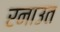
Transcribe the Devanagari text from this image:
रनाउत